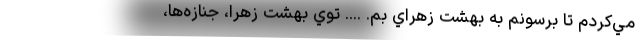
مي‌كردم تا برسونم به بهشت زهراي بم. .... توي بهشت زهرا، جنازه‌ها،